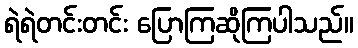
ရဲရဲတင်းတင်း ပြောကြဆိုကြပါသည်။